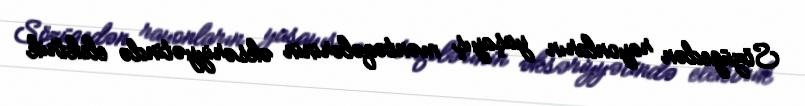
Sözügedən rayonların yaşayış məntəqələrinin əksəriyyətində elektrik